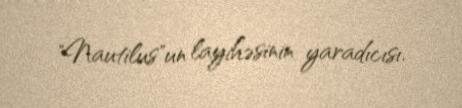
"Nautilus"un layihəsinin yaradıcısı.